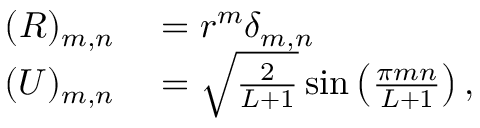
\begin{array} { r l } { ( R ) _ { m , n } } & { { } = r ^ { m } \delta _ { m , n } } \\ { ( U ) _ { m , n } } & { { } = \sqrt { \frac { 2 } { L + 1 } } \sin \left( \frac { \pi m n } { L + 1 } \right) , } \end{array}